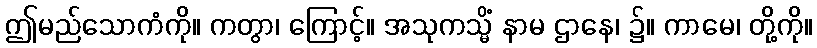
ဤမည်သောကံကို။ ကတွာ၊ ကြောင့်။ အသုကသ္မိံ နာမ ဌာနေ၊ ၌။ ကာမေ၊ တို့ကို။